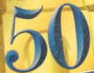
50